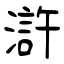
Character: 滸